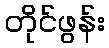
တိုင်ဖွန်း